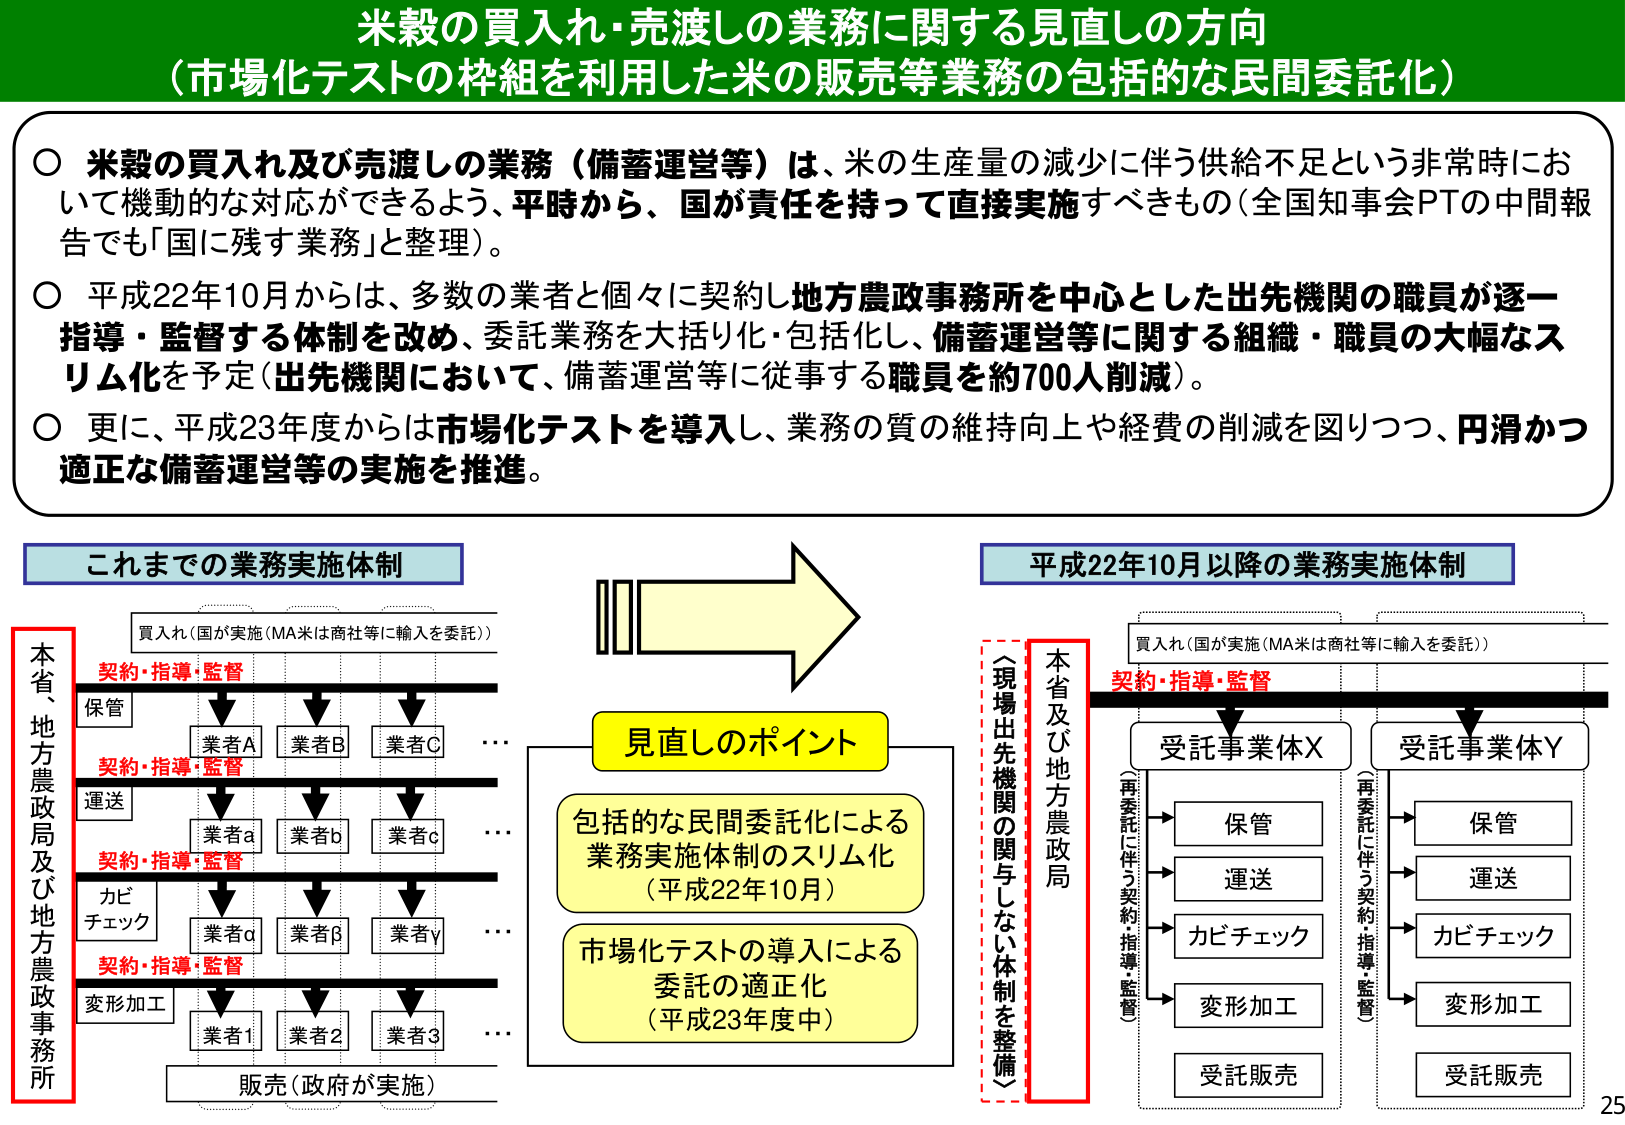
米穀の買入れ・売渡しの業務に関する見直しの方向
（市場化テストの枠組を利用した米の販売等業務の包括的な民間委託化）

○ 米穀の買入れ及び売渡しの業務（備蓄運営等）は、米の生産量の減少に伴う供給不足という非常時において機動的な対応ができるよう、平時から、国が責任を持って直接実施すべきもの（全国知事会PTの中間報告でも「国に残す業務」と整理）。

○ 平成22年10月からは、多数の業者と個々に契約し地方農政事務所を中心とした出先機関の職員が逐一指導・監督する体制を改め、委託業務を大括り化・包括化し、備蓄運営等に関する組織・職員の大幅なスリム化を予定（出先機関において、備蓄運営等に従事する職員を約700人削減）。

○ 更に、平成23年度からは市場化テストを導入し、業務の質の維持向上や経費の削減を図りつつ、円滑かつ適正な備蓄運営等の実施を推進。

これまでの業務実施体制
買入れ（国が実施（MA米は商社等に輸入を委託））
契約・指導・監督
保管
業者A 業者B 業者C …
契約・指導・監督
運送
業者a 業者b 業者c …
契約・指導・監督
カビチェック
業者α 業者β 業者γ …
契約・指導・監督
変形加工
業者1 業者2 業者3 …
販売（政府が実施）

見直しのポイント
包括的な民間委託化による業務実施体制のスリム化（平成22年10月）
市場化テストの導入による委託の適正化（平成23年度中）

平成22年10月以降の業務実施体制
買入れ（国が実施（MA米は商社等に輸入を委託））
契約・指導・監督
受託事業体X 受託事業体Y
（再委託に伴う契約・指導・監督）
保管 保管
運送 運送
カビチェック カビチェック
変形加工 変形加工
受託販売 受託販売

本省、地方農政局及び地方農政事務所
（現地出先機関に関与しない体制を整備）
本省及び地方農政局

25